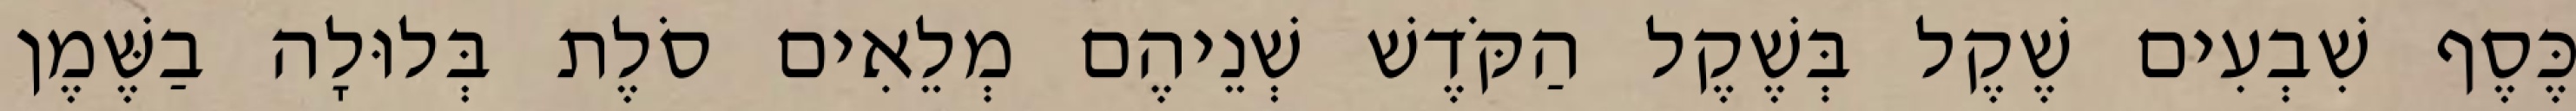
כֶּסֶף שִׁבְעִים שֶׁקֶל בְּשֶׁקֶל הַקֹּדֶשׁ שְׁנֵיהֶם מְלֵאִים סֹלֶת בְּלוּלָה בַשֶּׁמֶן